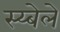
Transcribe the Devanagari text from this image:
स्य्बेले